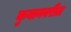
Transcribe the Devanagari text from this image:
कुबानवरील